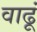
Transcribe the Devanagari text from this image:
वाढूं